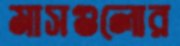
মাসগুলোর